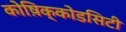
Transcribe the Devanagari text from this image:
कोष़िक्कोडसिटी